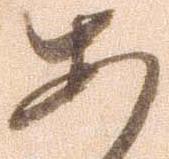
あ